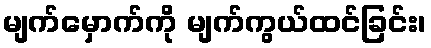
မျက်မှောက်ကို မျက်ကွယ်ထင်ခြင်း၊